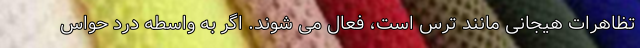
تظاهرات هیجانی مانند ترس است، فعال می شوند. اگر به واسطه درد حواس